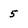
Character: 5